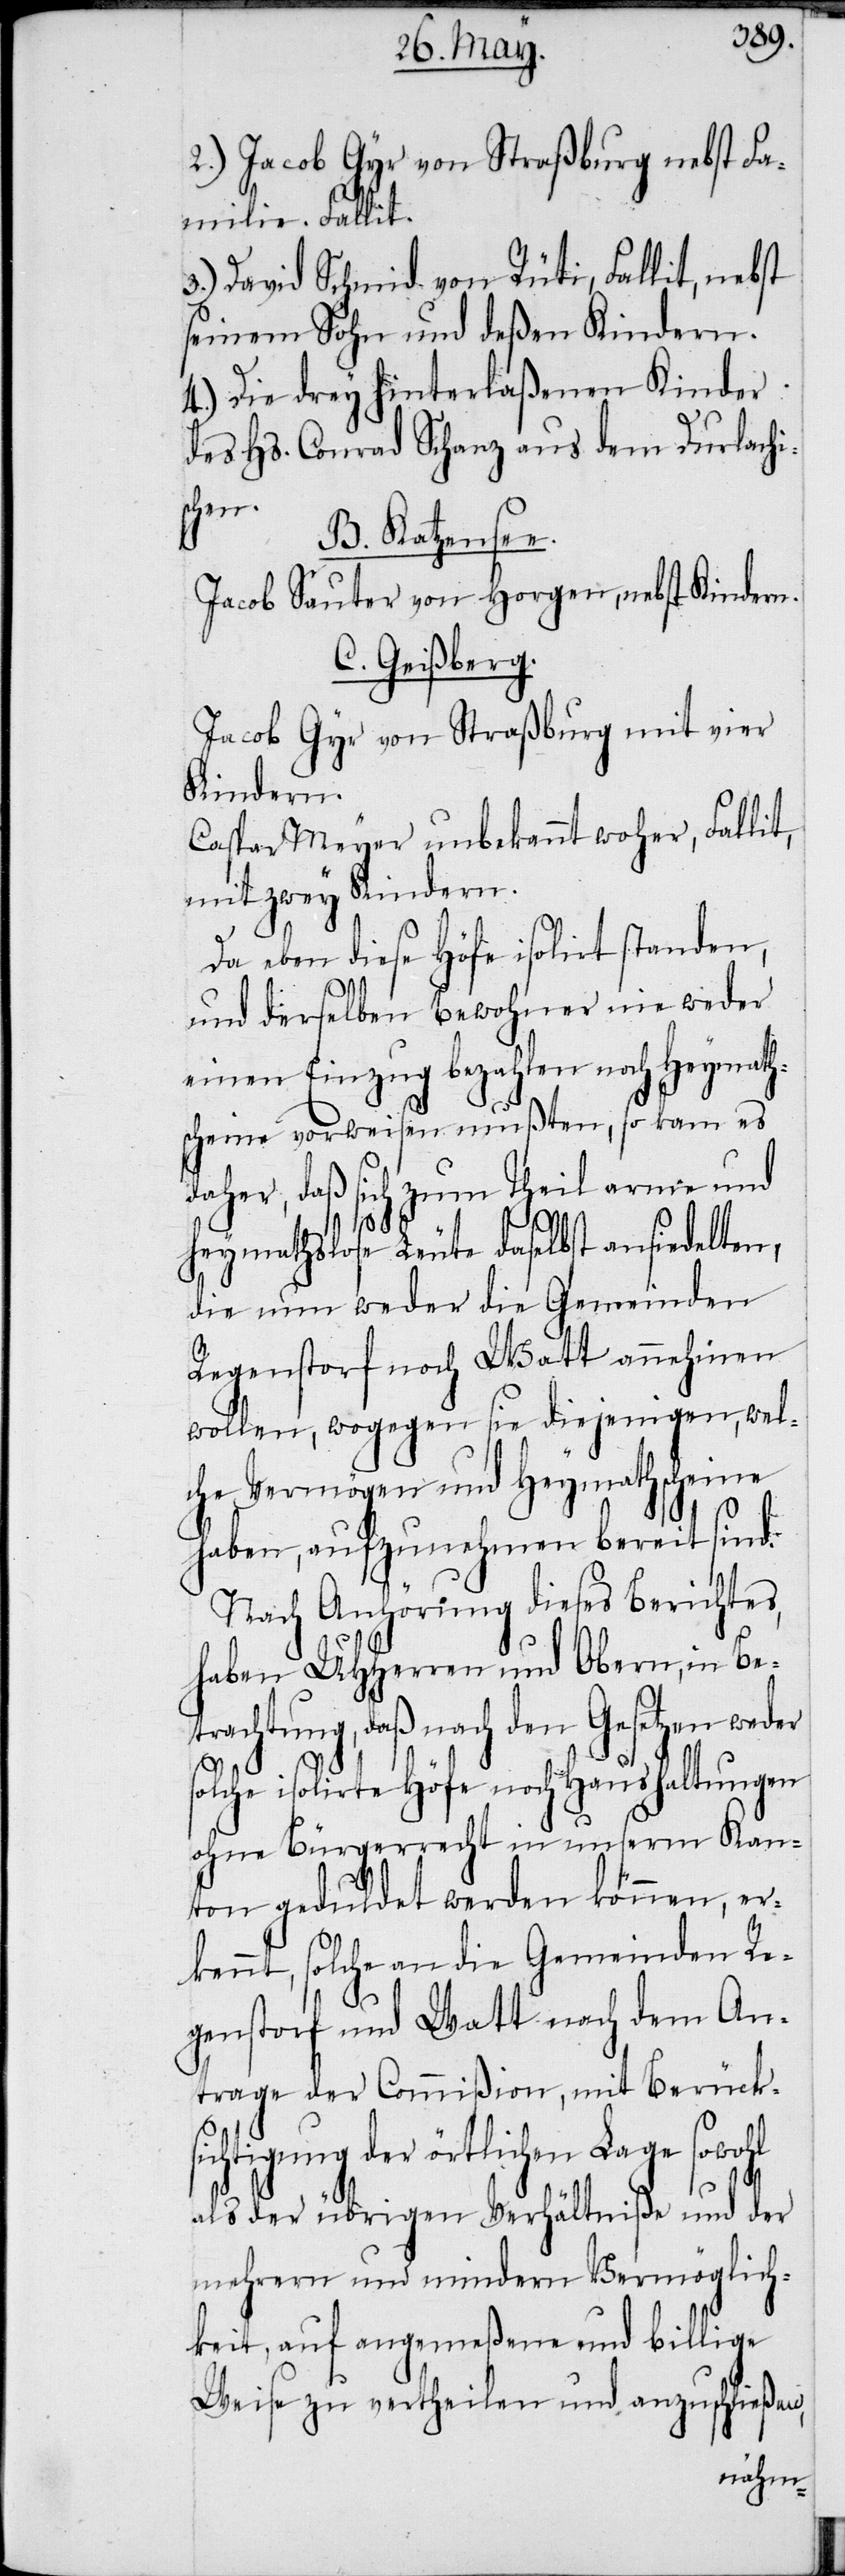
2.) Jacob Gyr von Straßburg nebst Fa¬
milie. Fallit.
3.) David Schmid von Rüti, Fallit, nebst
seinem Sohn und deßen Kindern.
4.)Die drey hinterlaßenen Kinder
des Hs. Conrad Schanz aus dem Durlachi¬
schen.
B. Katzensee.
Jacob Sauter von Horgen, nebst Kindern.
C. Geißberg.
Jacob Gyr von Straßburg mit vier
Kindern.
Caspar Meyer unbekannt woher, Fallit,
mit zwey Kindern.
Da eben diese Höfe isolirt standen,
und derselben Bewohner nie weder
einen Einzug bezahlen noch Heymath¬
scheine vorweisen mußten, so kam es
daher, daß sich zum Theil arme und
s¬
heymathslose Leute daselbst ansiedelten,
die nun weder die Gemeinden
Regenstorf noch Watt annehmen
wollen, wogegen sie diejenigen, wel¬
che Vermögen und Heymathscheine
haben, aufzunehmen bereit sind.
Nach Anhörung dieses Berichtes,
haben UHHerren und Obern, in Be¬
trachtung, daß nach den Gesetzen weder
olche isolirte Höfe noch Haushaltungen
ohne Bürgerrecht in unserm Kan¬
ton geduldet werden können, er¬
kennt, solche an die Gemeinden Re¬
genstorf und Watt nach dem An¬
trage der Commißion, mit Berück¬
sichtigung der örtlichen Lage sowohl
als der übrigen Verhältniße und der
mehrern und mindern Vermöglich¬
keit, auf angemeßene und billige
Weise zu vertheilen und anzuschließen,